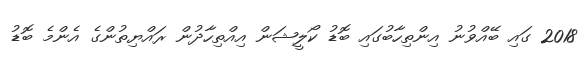
2018 ގައި ބޭއްވުނު އިންތިހާބުގައި ބޮޑު ކޯލީޝަން އިއްތިހާދުން ރައްޔިތުންގެ އެންމެ ބޮޑު